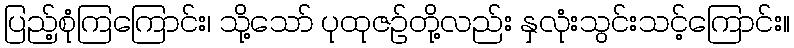
ပြည့်စုံကြကြောင်း၊ သို့သော် ပုထုဇဉ်တို့လည်း နှလုံးသွင်းသင့်ကြောင်း။